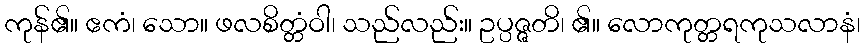
ကုန်၏။ ဧကံ၊ သော။ ဖလစိတ္တံဝါ၊ သည်လည်း။ ဥပ္ပဇ္ဇတိ၊ ၏။ လောကုတ္တရကုသလာနံ၊